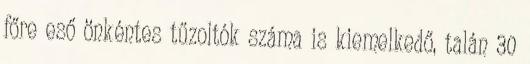
főre eső önkéntes tűzoltók száma is kiemelkedő, talán 30